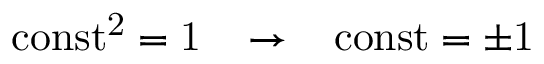
\mathrm { c o n s t ^ { 2 } = 1 \; \; \; \to \; \; \; \mathrm { c o n s t } = \pm 1 }